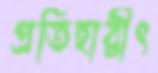
প্রতিহারীৎ